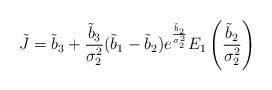
LaTeX: \begin{align*}\tilde{J}=\tilde{b}_3+\frac{\tilde{b}_3}{\sigma_2^2} (\tilde{b}_1-\tilde{b}_2) e^{\frac{\tilde{b}_2}{\sigma_2^2}} E_1\left( \frac{\tilde{b}_2}{\sigma_2^2}\right)\end{align*}